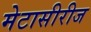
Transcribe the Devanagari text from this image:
मेटासीरीज